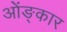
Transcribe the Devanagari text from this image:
ओंङ्कार